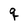
Character: f